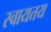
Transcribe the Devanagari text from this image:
स्वायत्तय